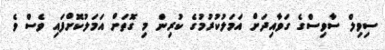
ސިވިލް ސާވިސްގެ ގަވާއިދަށް އަމަލުކުރުމުގެ ކުރިން މި ގޮތަށް އަމަލުކޮށްފައި ވެސް ވެ